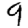
Digit: 9